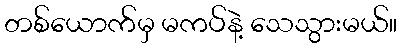
တစ်ယောက်မှ မကပ်နဲ့ သေသွားမယ်။